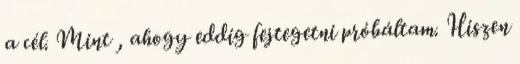
a cél. Mint , ahogy eddig fejtegetni próbáltam. Hiszen